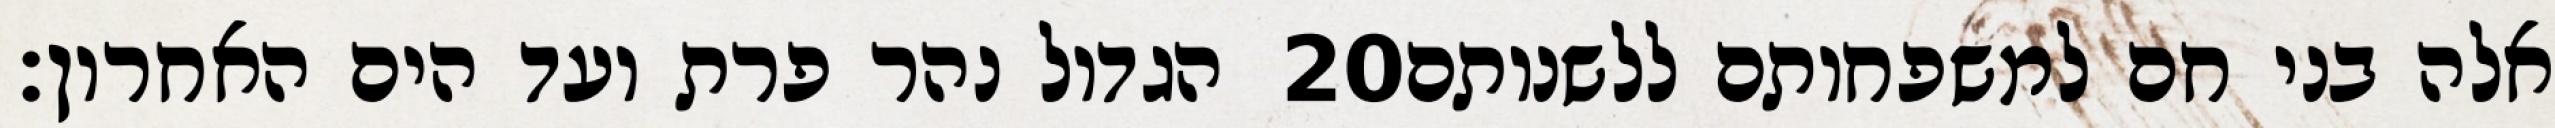
הגדול נהר פרת ועד הים האחרון׃ ‎20‏ אלה בני חם למשפחותם ללשנותם